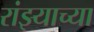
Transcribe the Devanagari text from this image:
रांझ्याच्या